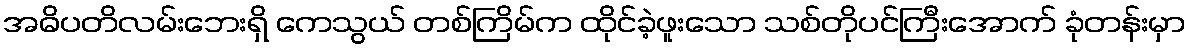
အဓိပတိလမ်းဘေးရှိ ကေသွယ် တစ်ကြိမ်က ထိုင်ခဲ့ဖူးသော သစ်တိုပင်ကြီးအောက် ခုံတန်းမှာ